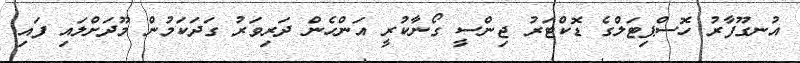
އުނގޫފާރު ހޮސްޕިޓަލްގެ ޑޮކްޓަރު ޖިންސީ ގޯނާކުރީ އަންހެން ދަރިވަރު ގަދަކަމުން މޫދަށްލައި ފައި